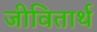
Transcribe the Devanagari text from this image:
जीवितार्थ